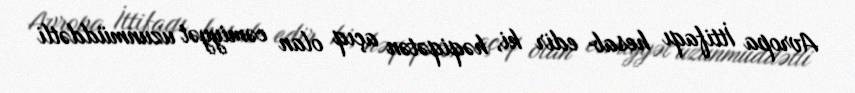
Avropa İttifaqı hesab edir ki, həqiqətən açıq olan cəmiyyət uzunmüddətli